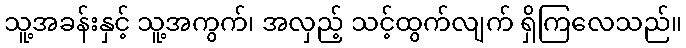
သူ့အခန်းနှင့် သူ့အကွက်၊ အလှည့် သင့်ထွက်လျက် ရှိကြလေသည်။